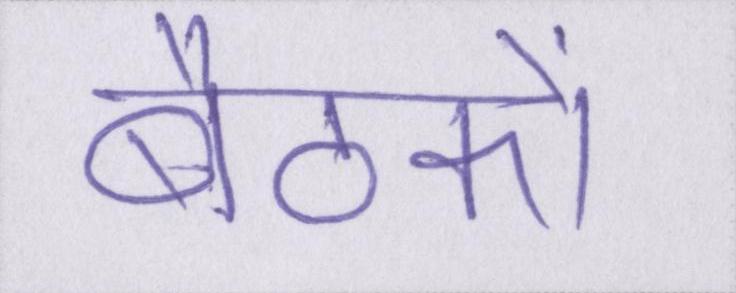
बैठकों